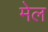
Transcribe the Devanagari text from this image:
मेल